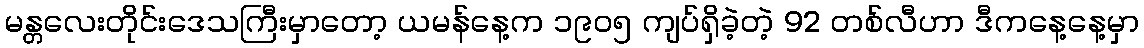
မန္တလေးတိုင်းဒေသကြီးမှာတော့ ယမန်နေ့က ၁၉၀၅ ကျပ်ရှိခဲ့တဲ့ 92 တစ်လီဟာ ဒီကနေ့နေ့မှာ